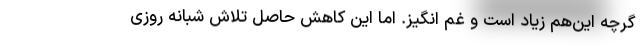
گرچه این‌هم زیاد است و غم انگیز. اما این کاهش حاصل تلاش شبانه روزی